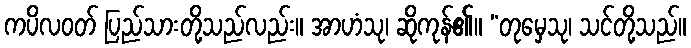
ကပိလဝတ် ပြည်သားတို့သည်လည်း။ အာဟံသု၊ ဆိုကုန်၏။ “တုမှေသု၊ သင်တို့သည်။